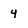
Character: 4